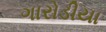
ગારોડીયા